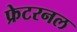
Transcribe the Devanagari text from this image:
फ्रेटरनल